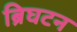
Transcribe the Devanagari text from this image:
ब्रिघटन